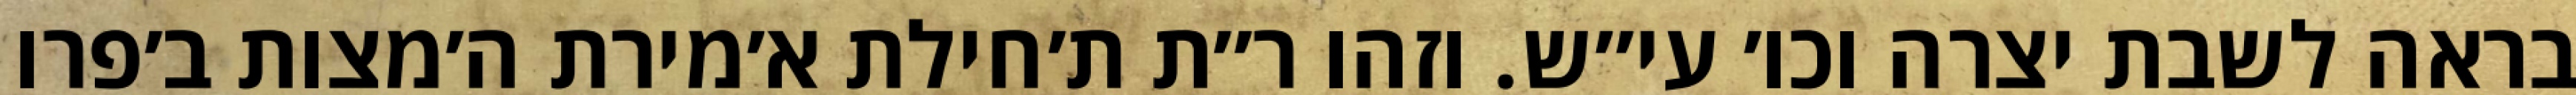
בראה לשבת יצרה וכו׳ עי״ש. וזהו ר״ת ת׳חילת א׳מירת ה׳מצות ב׳פרו